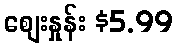
စျေးနှုန်း $5.99